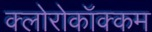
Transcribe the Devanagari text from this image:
क्लोरोकॉक्कम